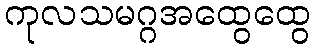
ကုလသမဂ္ဂအထွေထွေ